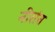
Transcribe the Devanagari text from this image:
नीरांत